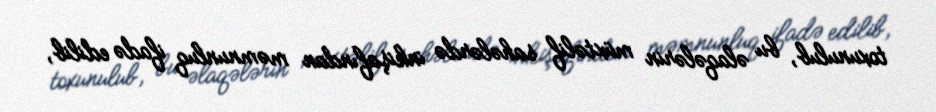
toxunulub, bu əlaqələrin müxtəlif sahələrdə inkişafından məmnunluq ifadə edilib,